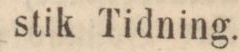
stik Tidning.